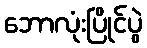
ဘောလုံးပြိုင်ပွဲ